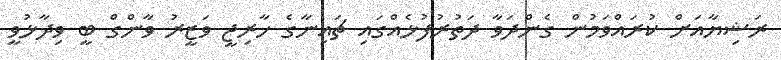
ރަޝިޔާއަށް ކުރައްވަމުން ގެންދަވާ ދަތުރުފުޅެއްގައި ޗައިނާގެ ޚާރިޖީ ވަޒީރު ވާންގް ބީ ވިދާޅުވީ